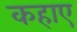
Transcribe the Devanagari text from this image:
कहाए